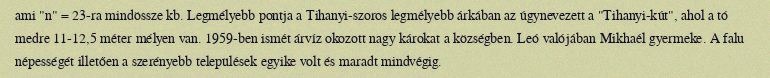
ami "n" = 23-ra mindössze kb. Legmélyebb pontja a Tihanyi-szoros legmélyebb árkában az úgynevezett a "Tihanyi-kút", ahol a tó medre 11-12,5 méter mélyen van. 1959-ben ismét árvíz okozott nagy károkat a községben. Leó valójában Mikhaél gyermeke. A falu népességét illetően a szerényebb települések egyike volt és maradt mindvégig.